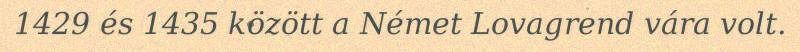
1429 és 1435 között a Német Lovagrend vára volt.